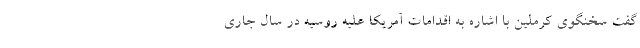
گفت سخنگوی کرملین با اشاره به اقدامات آمریکا علیه روسیه در سال جاری